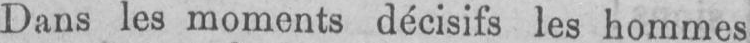
Dans les moments décisifs les hommes